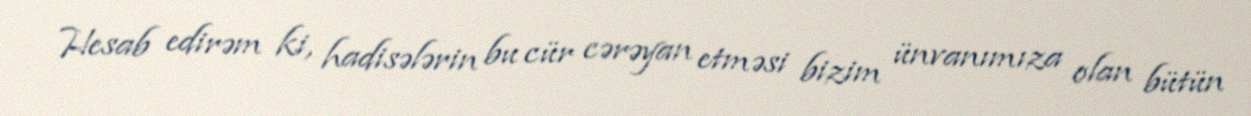
Hesab edirəm ki, hadisələrin bu cür cərəyan etməsi bizim ünvanımıza olan bütün